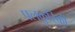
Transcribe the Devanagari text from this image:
पलकुरिकी